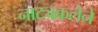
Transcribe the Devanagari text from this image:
नाट्यकलेने